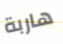
هاربة